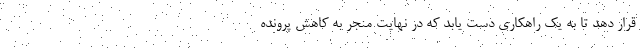
قرار دهد تا به یک راهکاری دست یابد که در نهایت منجر به کاهش پرونده